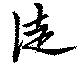
徒